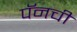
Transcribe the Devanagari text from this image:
पॅनची